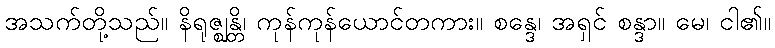
အသက်တို့သည်။ နိရုဇ္ဈန္တိ၊ ကုန်ကုန်ယောင်တကား။ စန္ဒေ၊ အရှင် စန္ဒာ။ မေ၊ ငါ၏။